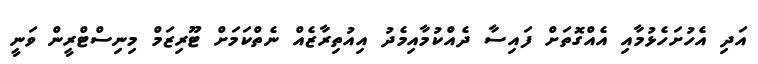
އަދި އެހުށަހެޅުމާއި އެއްގޮތަށް ފައިސާ ދެއްކުމާއިމެދު އިއުތިރާޒެއް ނެތްކަމަށް ޓޫރިޒަމް މިނިސްޓްރީން ވަނީ